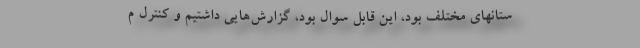
ستانهای مختلف بود، این قابل سوال بود، گزارش‌هایی داشتیم و کنترل م